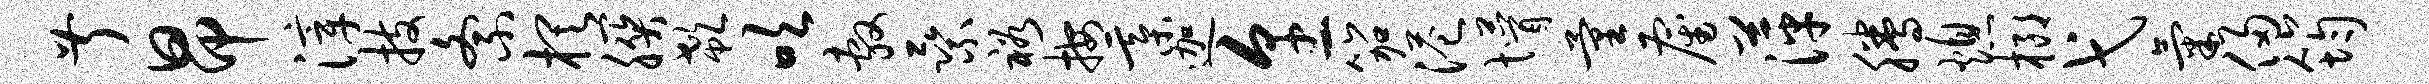
叔昂滓技紊棋朕欷吹敷乘裕按綦迦烹笳港懵量雇萍腾熄榔弋气侵筠